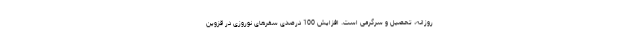
روزانه، تحصیل و سرگرمی است. افزایش 100 درصدی سفرهای نوروزی در قزوین